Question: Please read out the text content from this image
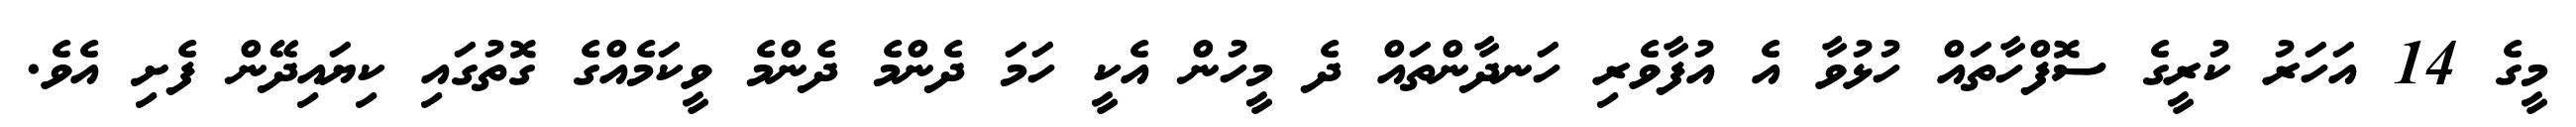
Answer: މީގެ 14 އަހަރު ކުރީގެ ސޮފްހާތައް ހުޅުވާ އެ އުފާވެރި ހަނދާންތައް ދެ މީހުން އެކީ ހަމަ ދެންމެ ދެންމެ ވީކަމެއްގެ ގޮތުގައި ކިޔައިދޭން ފެށި އެވެ.